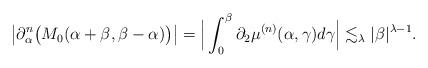
LaTeX: \begin{align*}\big|\partial_\alpha^n \big(M_0(\alpha+\beta, \beta-\alpha)\big)\big| = \Big| \int_0^\beta \partial_2\mu^{(n)}(\alpha,\gamma)d\gamma \Big| \lesssim_\lambda |\beta|^{\lambda-1}.\end{align*}